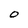
Character: O